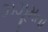
ઝઝૂમતા